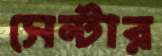
সেন্টার